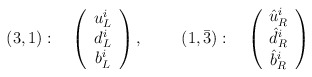
\begin{align*}(3,1): \quad \left( \begin{array}{c}u_L^i \\ d_L^i \\ b_L^i\end{array} \right), ~~~~\quad (1,\bar{3}):\quad\left( \begin{array}{c}\hat{u}_R^i \\ \hat{d}_R^i \\ \hat{b}_R^i\end{array} \right)\end{align*}